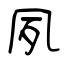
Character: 夙